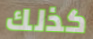
كذلك